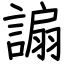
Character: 謆